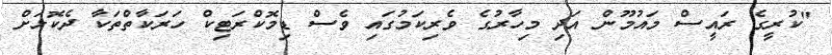
"ކުރީގެ ރައީސް މައުމޫން އަދި މިހާރުގެ ވެރިކަމުގައި ވެސް ޑިމޮކްރަޓިކް ހަރަކާތްތަކާ ދެކޮޅަށް